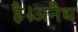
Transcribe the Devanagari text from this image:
है।अनैध